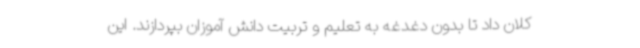
کلان داد تا بدون دغدغه به تعلیم و تربیت دانش آموزان بپردازند. این